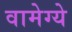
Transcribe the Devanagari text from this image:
वामेग्ये